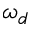
\omega _ { d }